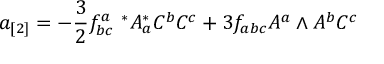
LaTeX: a _ { [ 2 ] } = - { \frac { 3 } { 2 } } f _ { b c } ^ { a } \ ^ { * } A _ { a } ^ { * } C ^ { b } C ^ { c } + 3 f _ { a b c } A ^ { a } \wedge A ^ { b } C ^ { c }